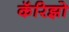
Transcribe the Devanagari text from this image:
कॅरिझो